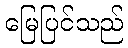
မြေပြင်သည်